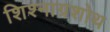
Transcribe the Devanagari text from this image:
शिश्नाग्रशोथ